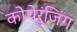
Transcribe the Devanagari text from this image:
कोपेरुंजिंग